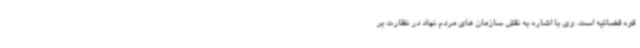
قوه قضائیه است. وی با اشاره به نقش سازمان های مردم نهاد در نظارت بر